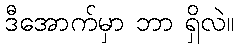
ဒီအောက်မှာ ဘာ ရှိလဲ။